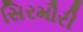
સિરમૌરી